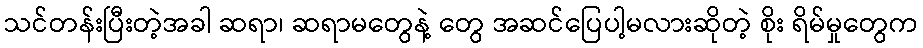
သင်တန်းပြီးတဲ့အခါ ဆရာ၊ ဆရာမတွေနဲ့ တွေ အဆင်ပြေပါ့မလားဆိုတဲ့ စိုး ရိမ်မှုတွေက